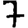
Digit: 7